Vaccination in Bombay 1856-1862 - 1856-1862
Year: 1856
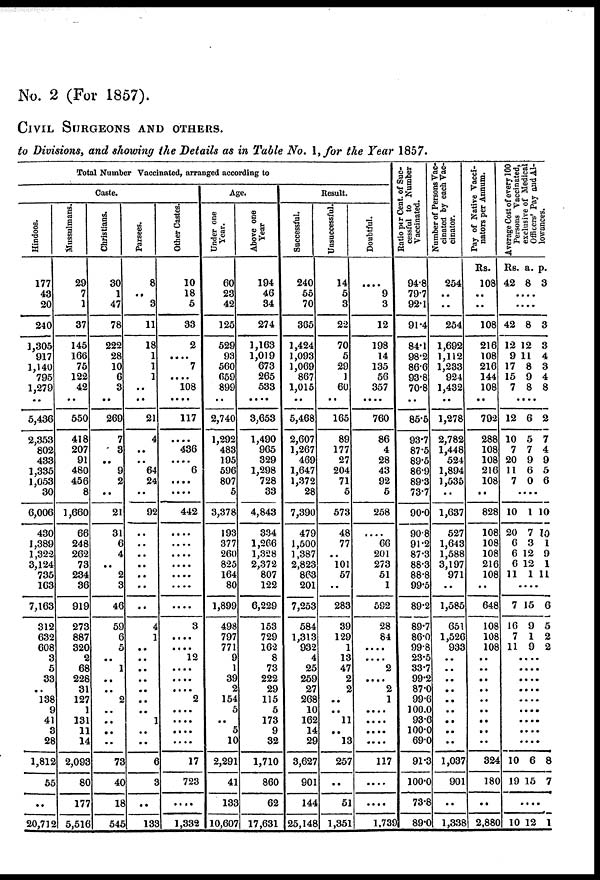
No. 2 (For 1857).
CIVIL SURGEONS AND OTHERS.
to Divisions, and showing the Details as in Table No. 1, for the Year 1857.
Total Number Vaccinated, arranged according to
Caste.
Hindoos.
177
43
20
240
1,305
917
1,140
795
1,279
..
5,436
2,353
802
433
1,335
1,053
30
6,006
430
1,389
1,322
3,124
735
163
7,163
312
632
608
3
5
33
..
138
9
41
3
28
1,812
55
..
20,712
Mussulmans.
29
7
1
37
145
166
75
122
42
..
550
418
207
91
480
456
8
1,660
66
248
262
73
234
36
919
273
887
320
2
68
228
31
127
1
131
11
14
2,093
80
177
5,516
Christians.
30
1
47
78
222
28
10
6
3
..
269
7
3
..
9
2
..
21
31
6
4
..
2
3
46
59
6
5
..
1
..
..
2
..
..
..
..
73
40
18
545
Parsees.
8
..
3
11
18
1
1
1
..
..
21
4
..
..
64
24
..
92
..
..
..
..
..
..
..
4
1
..
..
..
..
..
..
..
1
..
..
6
3
..
133
Other Castes.
10
18
5
33
2
....
7
....
108
....
117
....
436
....
6
....
....
442
....
....
....
....
....
....
....
3
....
....
12
....
....
....
2
....
....
....
....
17
723
....
1,332
Age.
Under one
Year.
60
23
42
125
529
93
560
659
899
..
2,740
1,292
483
195
596
807
5
3,378
193
377
260
825
164
80
1,899
498
797
771
9
1
39
2
154
5
..
5
10
2,291
41
133
10,607
Above one
Year
194
46
34
274
1,163
1,019
673
265
533
....
3,653
1,490
965
329
1,298
728
33
4,843
334
1,266
1,328
2,372
807
122
6,229
153
729
162
8
73
222
29
115
5
173
9
32
1,710
860
62
17,631
Result.
Successful.
240
55
70
365
1,424
1,093
1,069
867
1,015
..
5,468
2,607
1,267
469
1,647
1,372
28
7,390
479
1,500
1,387
2,823
863
201
7,253
584
1,313
932
4
25
259
27
268
10
162
14
29
3,627
901
144
25,148
Unsuccessful.
14
5
3
22
70
5
29
1
60
..
165
89
177
27
204
71
5
573
48
77
..
101
57
..
283
39
129
1
13
47
2
2
..
..
11
..
13
257
..
51
1,351
Doubtful.
....
9
3
12
198
14
135
56
357
....
760
86
4
28
43
92
5
258
....
66
201
273
51
1
592
28
84
....
....
2
....
2
1
....
....
....
....
117
....
....
1,739
Ratio per Cent. of Suc-
cessful to Number
Vaccinated.
94.8
79.7
92.1
91.4
84.1
98.2
866
93.8
70.8
..
85.5
93.7
87.5
89.5
86.9
89.3
73.7
90.0
90.8
91.2
87.3
88.3
88.8
99.5
89.2
89.7
86.0
99.8
23.5
33.7
99.2
87.0
99.6
100.0
93.6
100.0
69.0
91.3
100.0
73.8
89.0
Number of Persons Vac-
cinated by each Vac-
cinator.
254
..
..
254
1,692
1,112
1,233
924
1,432
..
1,278
2,782
1,448
524
1,894
1,535
..
1,637
527
1,643
1,588
3,197
971
..
1,585
651
1,526
933
..
..
..
..
..
..
..
..
..
1,037
901
..
1,338
Pay of Native Vacci-
nators per Annum.
Rs.
108
..
..
108
216
108
216
144
108
..
792
288
108
108
216
108
..
828
108
108
108
216
108
..
648
108
108
108
..
..
..
..
..
..
..
..
..
324
180
..
2,880
Average Cost of every 100
Persons Vaccinated,
exclusive of Medical
Officers' Pay and Al-
lowances.
Rs.
42
a.
8
p.
3
....
....
42
12
9
17
15
7
8
12
11
8
9
8
3
3
4
3
4
8
....
12
10
7
20
11
7
6
5
7
9
6
0
2
7
4
9
5
6
..
10
20
6
6
6
11
1
7
3
12
12
1
10
10
1
9
1
11
....
7
16
7
11
15
9
1
9
6
5
2
2
....
....
....
....
....
....
....
....
....
10
19
6
15
8
7
....
10 12 1